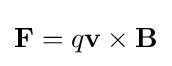
\mathbf {F} =q\mathbf {v} \times \mathbf {B}